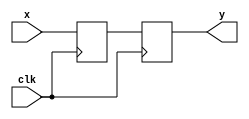
// Synchronise the input signal
module Synchroniser(clk, x, y);
	parameter n = 1;
	input clk;
	input [n-1:0] x;
	output reg [n-1:0] y;
	
	reg [n-1:0] buff;
	always @(posedge clk) begin
		buff <= x;
		y <= buff;
	end
endmodule

// Debounce the inout signal
module Debounce(input clk, x, output reg y = 0);
	localparam millisecond = 50000; //  1ms/(1/50M)
	localparam period = 30*millisecond-1;
	localparam size = $clog2(period);
	
	reg [size-1:0] cnt = 0;
	wire x_syn;
	Synchroniser sync(.clk(clk), .x(x), .y(x_syn));

	// State memory
	always @(posedge clk) begin
		cnt = ((y == x_syn)|(cnt == period)) ? 1'b0 : cnt + 1'b1;
	end
	
	// Transition and output logic
	always @(posedge clk) begin
		if (cnt == period) y <= !y;
	end
endmodule

// Display 2's complement number
module Disp2cNum(input enable, input signed [7:0]x, output [6:0]H0, H1, H2, H3);
	wire neg = (x < 0);
	wire [7:0] ux = neg ? -x : x;
	wire [7:0] xo0, xo1, xo2, xo3;
	wire eno0, eno1, eno2, eno3;
	
	// Create four instances of DispDec.
    DispDec dd0(.x(ux), .neg(neg), .enable(enable), .xo(xo0), .eno(eno0), .segs(H0));
    DispDec dd1(.x(xo0), .neg(neg), .enable(eno0), .xo(xo1), .eno(eno1), .segs(H1));
    DispDec dd2(.x(xo1), .neg(neg), .enable(eno1), .xo(xo2), .eno(eno2), .segs(H2));
    DispDec dd3(.x(xo2), .neg(neg), .enable(eno2), .xo(xo3), .eno(eno3), .segs(H3));
endmodule

// Display decimal
module DispDec(input [7:0] x, input neg, enable, output reg [7:0] xo, output reg eno, 
					output [6:0] segs);
	wire [3:0] digit = x % 10;  // the remainder after dividing by 10
	wire n = (neg) && (x == 0);  // if display a negative sign
	SSeg converter(digit, n, enable, segs);
	always @(*) begin
		xo = x / 10;
		eno = (enable != 0) & ((xo != 0) | ((neg)&&(x != 0)));  // digit or neg sign
	end
endmodule

// Display an 8-bit number in hexadecimal on two 7-segment displays
module DispHex(input [7:0]x, output [6:0]H0, H1);
	SSeg disp0(.bin(x[3:0]), .neg(1'b0), .enable(1'b1), .segs(H0));
   SSeg disp1(.bin(x[7:4]), .neg(1'b0), .enable(1'b1), .segs(H1));
endmodule

// Display a Hexadecimal Digit, a Negative Sign, or a Blank, on a 7-segment Display
module SSeg(input [3:0] bin, input neg, input enable, output reg [6:0] segs);
	always @(*)
		if (enable) begin
			if (neg) segs = 7'b011_1111;
			else begin
				case (bin)
					0: segs = 7'b100_0000;
					1: segs = 7'b111_1001;
					2: segs = 7'b010_0100;
					3: segs = 7'b011_0000;
					4: segs = 7'b001_1001;
					5: segs = 7'b001_0010;
					6: segs = 7'b000_0010;
					7: segs = 7'b111_1000;
					8: segs = 7'b000_0000;
					9: segs = 7'b001_1000;
					10: segs = 7'b000_1000;
					11: segs = 7'b000_0011;
					12: segs = 7'b100_0110;
					13: segs = 7'b010_0001;
					14: segs = 7'b000_0110;
					15: segs = 7'b000_1110;
				endcase
			end
		end
		else segs = 7'b111_1111;
endmodule

// Step 2 of Stage 12:
// 	Output 1 to y when falling edge of x is detected
module DetectFallingEdge(input clk, x, output reg y);
    reg buff;
    always @(posedge clk) begin
        buff <= x;
        y <= buff && ~x; 
    end
endmodule